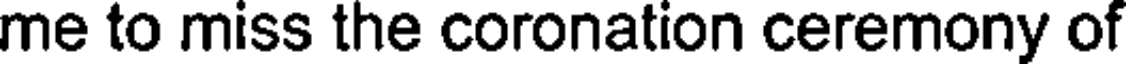
me to miss the coronation ceremony of